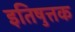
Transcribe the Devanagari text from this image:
इतिषुत्तक